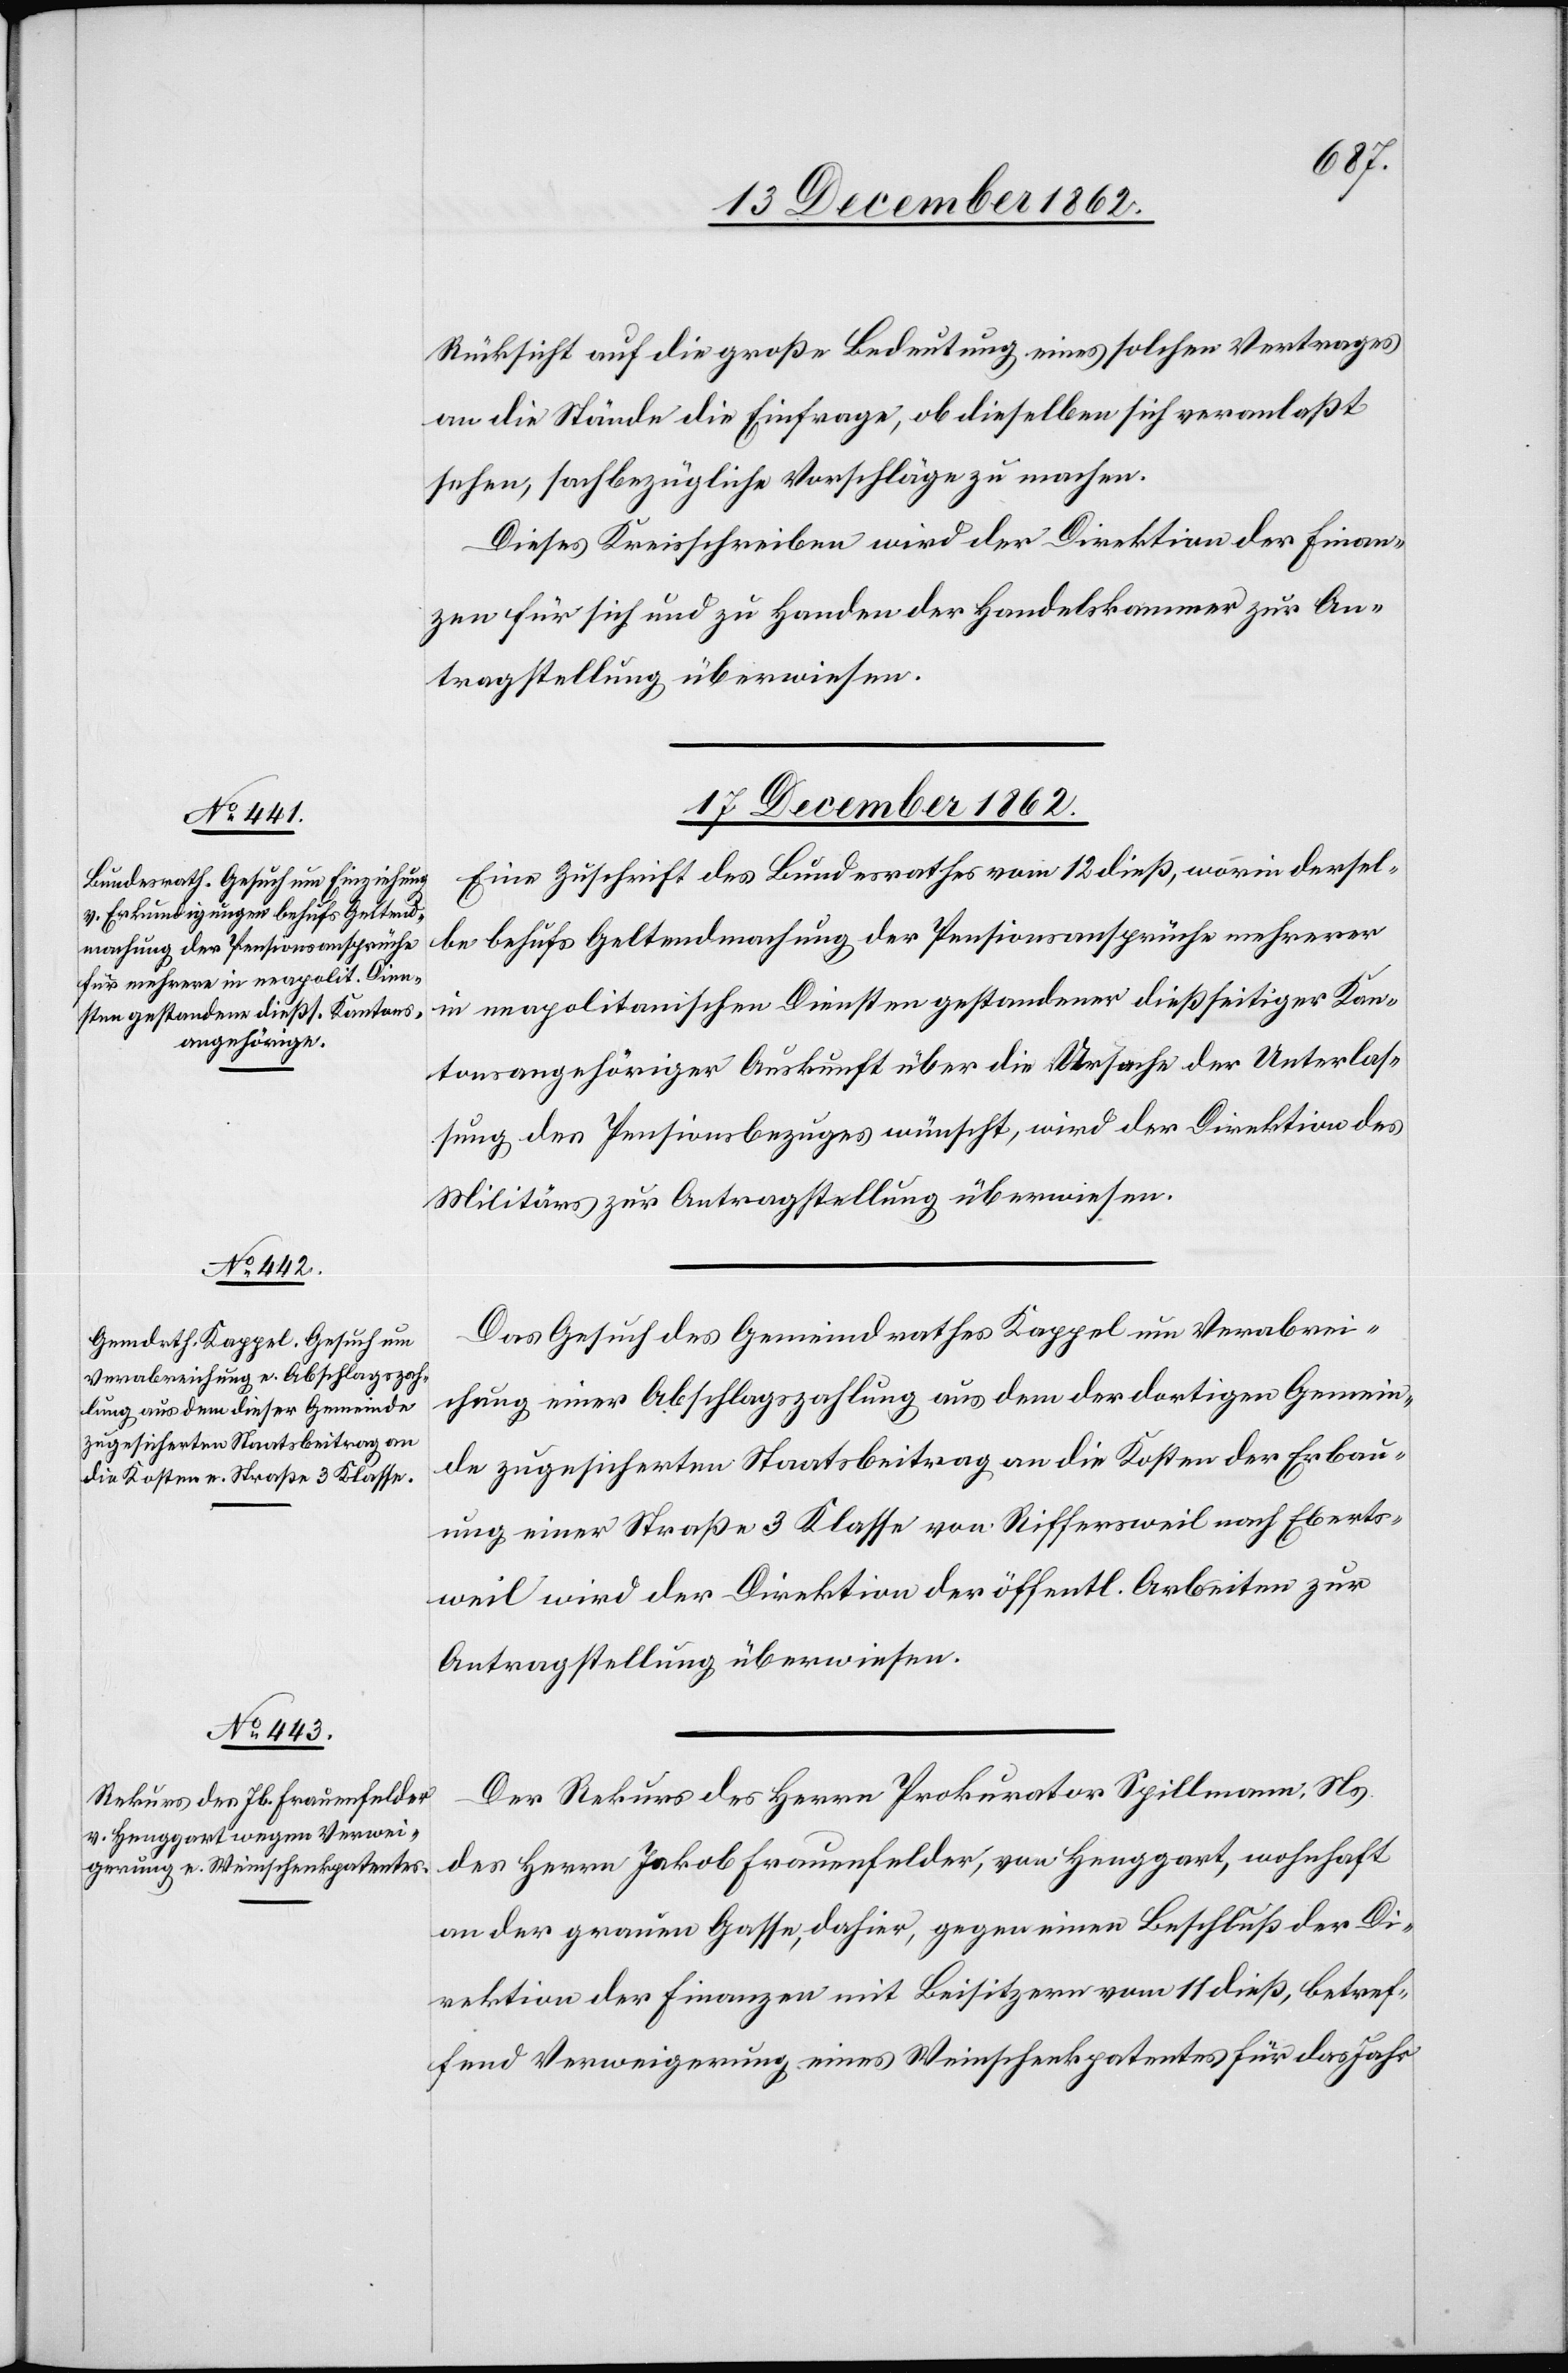
Rücksicht auf die große Bedeutung eines solchen Vertrages
an die Stände die Einfrage, ob dieselben sich veranlaßt
sehen, sachbezügliche Vorschläge zu machen.
Dieses Kreisschreiben wird der Direktion der Finan¬
zen für sich und zu Handen der Handelskammer zur An¬
tragstellung überwiesen.
17. December 1862.]
Eine Zuschrift des Bundesrathes vom 12. dieß, worin dersel¬
be behufs Geltendmachung der Pensionsansprüche mehrere
in neapolitanischen Diensten gestandener dießseitiger Kan¬
tonsangehöriger Auskunft über die Ursache der Unterlas¬
sung des Pensionsbezuges wünscht, wird der Direktion des
Militärs zur Antragstellung überwiesen.
Das Gesuch des Gemeindrathes Kappel um Verabrei¬
chung einer Abschlagszahlung aus dem der dortigen Gemein¬
de zugesicherten Staatsbeitrag an die Kosten der Erbau¬
ung einer Straße 3. Klasse von Riffersweil nach Eberts¬
weil wird der Direktion der öffentl. Arbeiten zur
Antragstellung überwiesen.
Der Rekurs des Herrn Prokurator Spillmann, Ns.
des Herrn Jakob Frauenfelder, von Henggart, wohnhaft
an der grauen Gasse, dahier, gegen einen Beschluß der Di¬
rektion der Finanzen mit Beisitzern vom 11. dieß, betref¬
fend Verweigerung eines Weinschenkpatentes für das Jahr